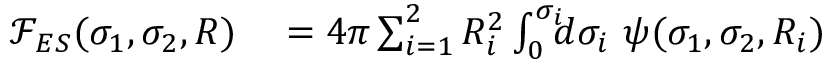
\begin{array} { r l } { { \mathcal F } _ { E S } ( \sigma _ { 1 } , \sigma _ { 2 } , R ) } & { { } = 4 \pi \sum _ { i = 1 } ^ { 2 } R _ { i } ^ { 2 } \int _ { 0 } ^ { \sigma _ { i } } \! \! \! d \sigma _ { i } ~ \psi ( \sigma _ { 1 } , \sigma _ { 2 } , R _ { i } ) } \end{array}